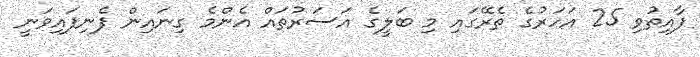
ފާއިތުވި 25 އަހަރުގެ ތެރޭގައި މި ބަލީގެ އަސަރުތައް އެންމެ ގިނައިން ފެނިފައިވަނީ